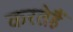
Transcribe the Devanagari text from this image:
करतेहैं